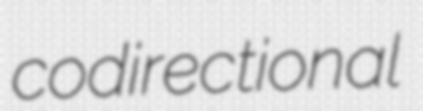
codirectional